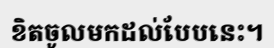
ខិតចូលមកដល់បែបនេះ។